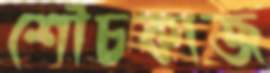
শৌচকাজ